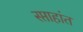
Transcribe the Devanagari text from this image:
स्प्ताहांत